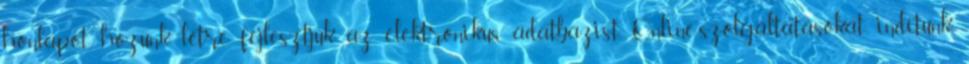
honlapot hozunk létre, fejlesztjük az elektronikus adatbázist. Online-szolgáltatásokat indítunk.